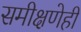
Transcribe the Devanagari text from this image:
समीक्षणेही